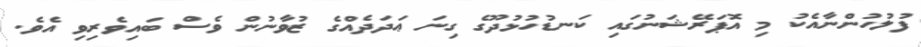
ފުލުހުންނާއެކު މި އޮޕަރޭޝަނުގައި ކަނޑުހުޅުދޫގެ ގިނަ ޢަދަދެއްގެ ޒުވާނުން ވެސް ބައިވެރިވި އެވެ.